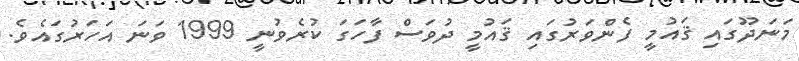
މަނަދޫގައި ޤައުމީ ފެންވަރުގައި ޤައުމީ ދުވަސް ފާހަގަ ކުރެވުނީ 1999 ވަނަ އަހަރުގައެވެ.